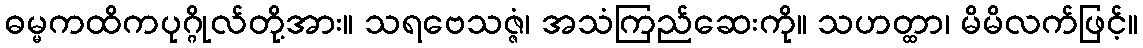
ဓမ္မကထိကပုဂ္ဂိုလ်တို့အား။ သရဗေသဇ္ဇံ၊ အသံကြည်ဆေးကို။ သဟတ္ထာ၊ မိမိလက်ဖြင့်။